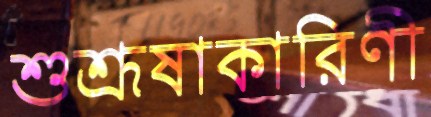
শুশ্রূষাকারিণী